Scottish Certificate of Education, 1963
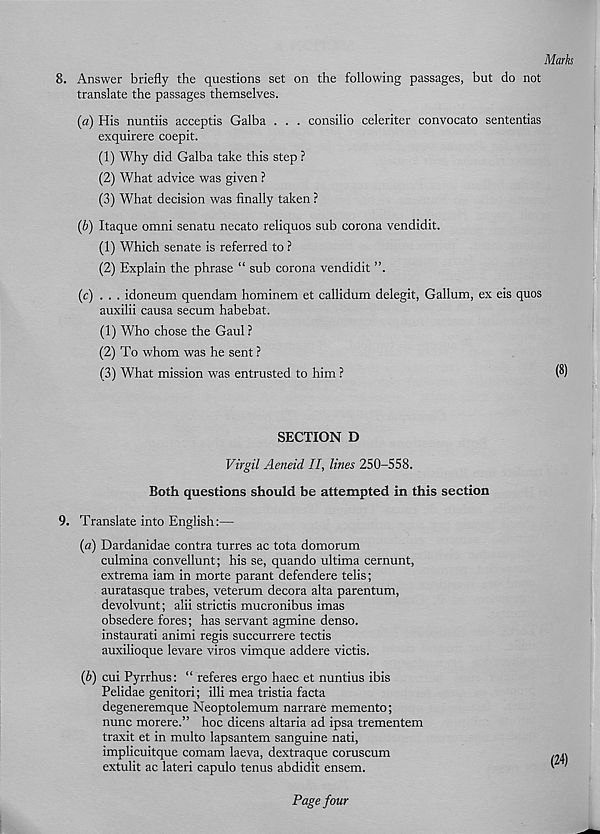
Marks
8. Answer briefly the questions set on the following passages, but do not
translate the passages themselves.
(a) His nuntiis acceptis Galba . . . consilio celeriter convocato sententias
exquirere coepit.
(1) Why did Galba take this step ?
(2) What advice was given ?
(3) What decision was finally taken ?
(b) Itaque omni senatu necato reliquos sub corona vendidit.
(1) Which senate is referred to ?
(2) Explain the phrase “ sub corona vendidit
(c) . . . idoneum quendam hominem et callidum delegit, Galium, ex eis quos
auxilii causa secum habebat.
(1) Who chose the Gaul ?
(2) To whom was he sent ?
(3) What mission was entrusted to him ?
(8)
SECTION D
Virgil Aeneid II, lines 250-558.
Both questions should be attempted in this section
9. Translate into English:—
(a) Dardanidae contra turres ac tota domorum
culmina convellunt; his se, quando ultima cernunt,
extrema iam in morte parant defendere telis;
auratasque trabes, veterum decora alta parentum,
devolvunt; alii strictis mucronibus imas
obsedere fores; has servant agmine denso.
instaurati animi regis succurrere tectis
auxilioque levare viros vimque addere victis.
(b) cui Pyrrhus: “ referes ergo haec et nuntius ibis
Felidae genitori; illi mea tristia facta
degeneremque Neoptolemum narrate memento;
nunc morere.” hoc dicens altaria ad ipsa trementem
traxit et in multo lapsantem sanguine nati,
implicuitque comam laeva, dextraque coruscum
extulit ac lateri capulo tenus abdidit ensem.
Page four